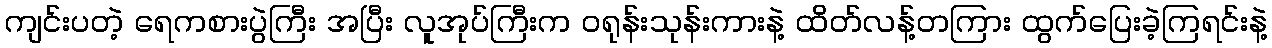
ကျင်းပတဲ့ ရေကစားပွဲကြီး အပြီး လူအုပ်ကြီးက ဝရုန်းသုန်းကားနဲ့ ထိတ်လန့်တကြား ထွက်ပြေးခဲ့ကြရင်းနဲ့